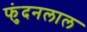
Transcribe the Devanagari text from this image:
फुंदनलाल